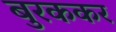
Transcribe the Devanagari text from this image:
बुरककर